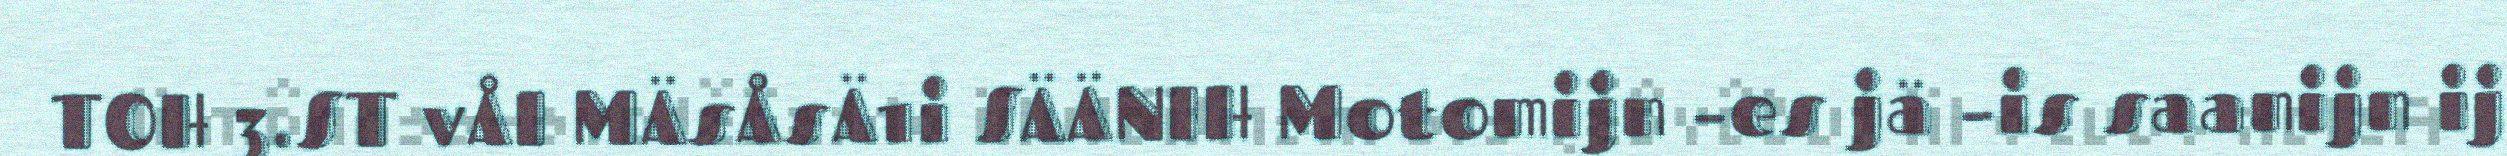
TOH 3.ST vÅI MÄsÅsÄ1i SÄÄNIH Motomijn –es jä –is saanijn ij